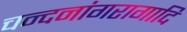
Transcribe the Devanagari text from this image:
चन्दनांगरागादि